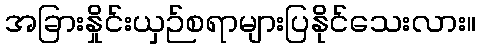
အခြားနှိုင်းယှဉ်စရာများပြနိုင်သေးလား။